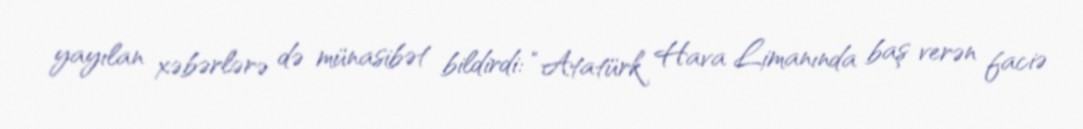
yayılan xəbərlərə də münasibət bildirdi: “Atatürk Hava Limanında baş verən faciə